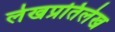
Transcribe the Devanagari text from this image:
लेखप्रतिलेख